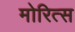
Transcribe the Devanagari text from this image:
मोरित्स